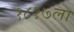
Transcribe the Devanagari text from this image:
१८१७ला